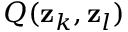
Q ( \mathbf { z } _ { k } , \mathbf { z } _ { l } )